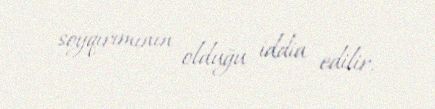
soyqırımının olduğu iddia edilir.